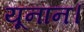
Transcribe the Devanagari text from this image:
यूनान।